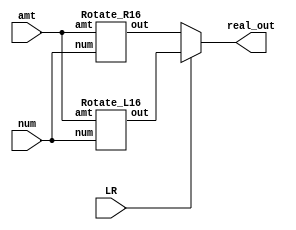
// This program was cloned from: https://github.com/AngeloJacobo/FPGA_Book_Experiments
// License: MIT License

`timescale 1ns / 1ps

module barrel_shifter_16(
		input wire[15:0] num,
		input wire[3:0] amt,
		input wire LR,
		output wire[15:0] real_out);
		wire[15:0] out_1,out_2;
		Rotate_R16 m0(num,amt,out_1);
		Rotate_L16 m1(num,amt,out_2);
		assign real_out=LR?out_2:out_1;  //MUX for left or right 16-bit shifter
endmodule


module Rotate_R16(
	input wire[15:0] num, 
	input wire[3:0] amt,
	output wire[15:0] out
    );
	 wire[15:0] s0,s1,s2,s3;
	 assign s0=amt[0]?{num[0],num[15:1]}:num; //1 move
	 assign s1=amt[1]?{s0[1:0],s0[15:2]}:s0;   //2 moves
	 assign s2=amt[2]?{s1[3:0],s1[15:4]}:s1;   //4 moves
	 assign s3=amt[3]?{s2[7:0],s2[15:8]}:s2;   //8 moves
	 assign out=s3;
	 
endmodule

module Rotate_L16(
	input wire[15:0] num, 
	input wire[3:0] amt,
	output wire[15:0] out
    );
	 wire[15:0] s0,s1,s2,s3;
	 assign s0=amt[0]?{num[14:0],num[15]}:num; //1 move
	 assign s1=amt[1]?{s0[13:0],s0[15:14]}:s0;  //2 moves
	 assign s2=amt[2]?{s1[11:0],s1[15:12]}:s1;  //4 moves
	 assign s3=amt[3]?{s2[7:0],s2[15:8]}:s2;  //8 moves
	 assign out=s3;

endmodule